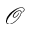
\mathcal { O }